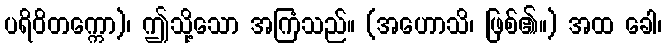
ပရိဝိတက္ကော)၊ ဤသို့သော အကြံသည်။ (အဟောသိ၊ ဖြစ်၏။) အထ ခေါ၊